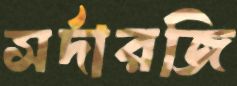
সর্দারজি